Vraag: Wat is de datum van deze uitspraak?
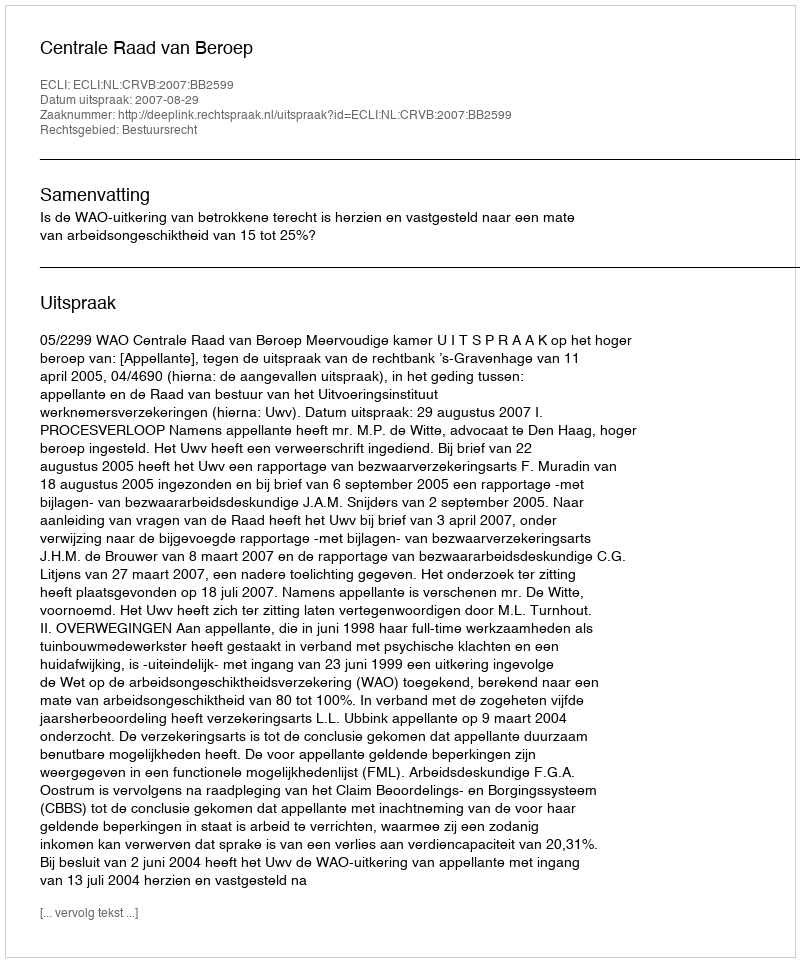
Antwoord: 2007-08-29